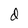
Character: d